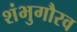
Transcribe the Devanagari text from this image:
शंभुगौरव